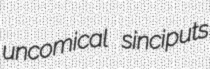
uncomical sinciputs